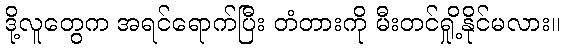
ဒို့လူတွေက အရင်ရောက်ပြီး တံတားကို မီးတင်ရှို့နိုင်မလား။